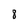
Character: 8